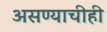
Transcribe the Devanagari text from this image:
असण्याचीही